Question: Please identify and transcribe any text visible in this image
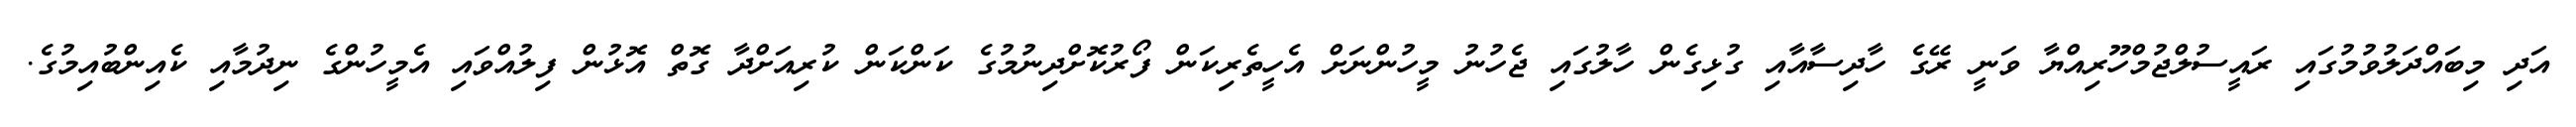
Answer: އަދި މިބައްދަލުވުމުގައި ރައީސުލްޖުމްހޫރިއްޔާ ވަނީ ރޭގެ ހާދިސާއާއި ގުޅިގެން ހާލުގައި ޖެހުނު މީހުންނަށް އެހީތެރިކަން ފޯރުކޮށްދިނުމުގެ ކަންކަން ކުރިއަށްދާ ގޮތް އޮޅުން ފިލުއްވައި އެމީހުންގެ ނިދުމާއި ކެއިންބުއިމުގެ.